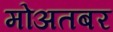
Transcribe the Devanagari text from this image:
मोअतबर